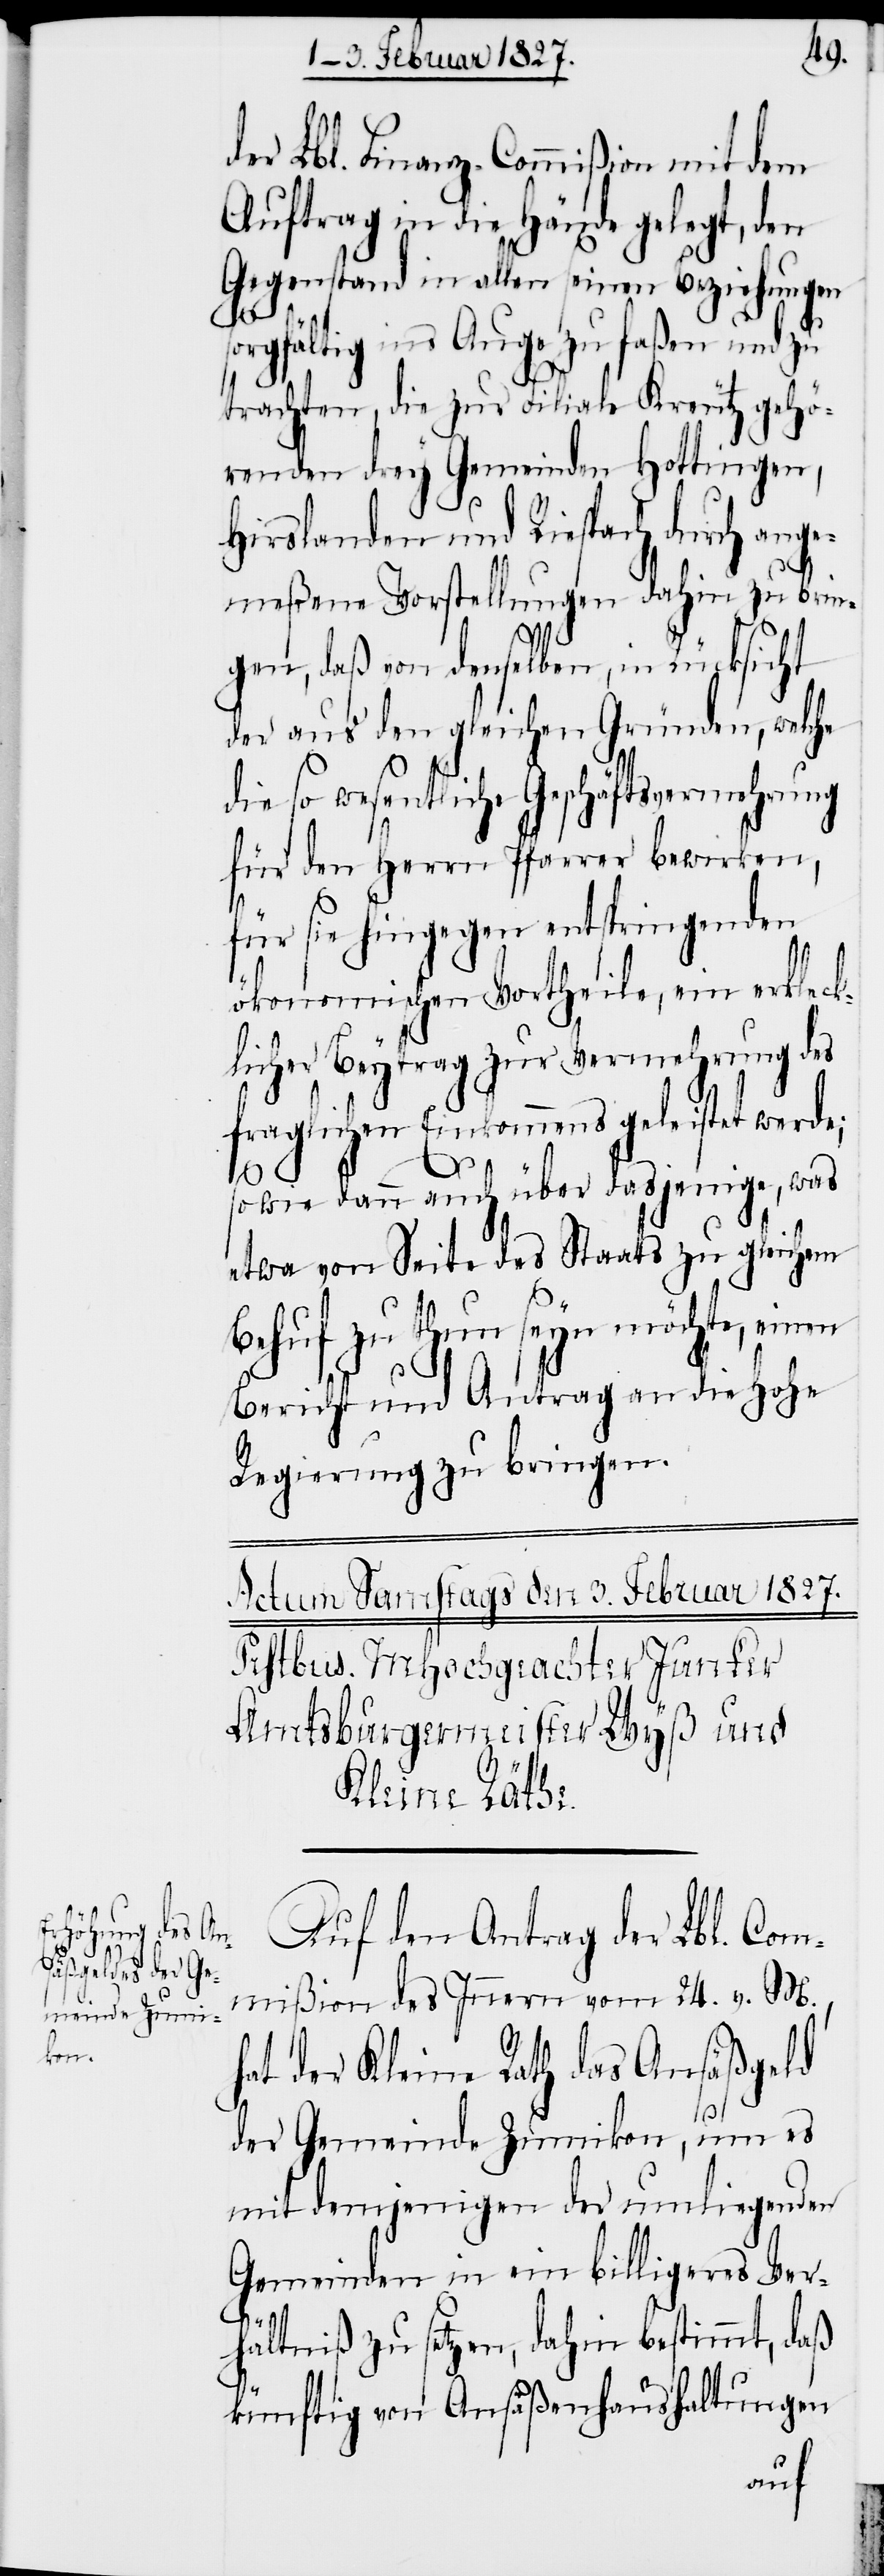
der Lbl. Finanz-Commißion mit dem
Auftrag in die Hände gelegt, den
Gegenstand in allen seinen Beziehungen
sorgfältig ins Auge zu faßen und zu
trachten, die zur Filiale Kreutz gehö¬
renden drey Gemeinden Hottingen,
Hirslanden und Riespach durch ange¬
meßene Vorstellungen dahin zu brin¬
gen, daß von denselben, in Rücksicht
der aus den gleichen Gründen, welche
die so wesentliche Geschäftsvermehrung
für den Herrn Pfarrer bewirken,
für sie hingegen entspringenden
ökonomischen Vortheile, ein erkleck¬
licher Beytrag zur Vermehrung des
fraglichen Einkommens geleistet werde;
sowie dann auch über dasjenige, was
etwa von Seite des Staats zu gleichem
Behuf zu thun seyn möchte, einen
Bericht und Antrag an die Hohe
Regierung zu bringen.
Auf den Antrag der Lbl. Com¬
mißion des Innern vom 24. v. M.,
hat der Kleine Rath das Ansäßgeld
der Gemeinde Zumikon, um es
mit demjenigen der umliegenden
Gemeinden in ein billigeres Ver¬
hältniß zu setzen, dahin bestimmt, daß
künftig von Ansäßenhaushaltungen